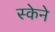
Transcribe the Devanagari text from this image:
स्केने